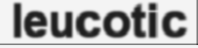
leucotic